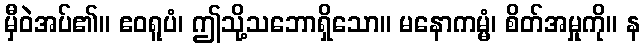
မှီဝဲအပ်၏။ ဧဝရူပံ၊ ဤသို့သဘောရှိသော။ မနောကမ္မံ၊ စိတ်အမှုကို။ န